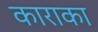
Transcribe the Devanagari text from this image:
काराका